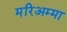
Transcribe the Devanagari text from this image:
मरिअम्मा